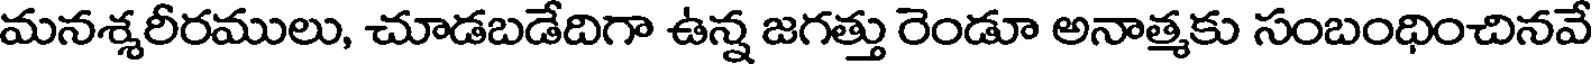
మనశ్శరీరములు, చూడబడేదిగా ఉన్న జగత్తు రెండూ అనాత్మకు సంబంధించినవే